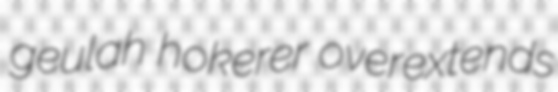
geulah hokerer overextends